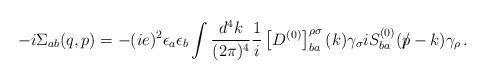
LaTeX: \begin{align*}- i \Sigma_{ab} (q,p) = - (i e)^2 \epsilon_a \epsilon_b \int {d^4 k \over (2 \pi)^4} {1 \over i} \left[D^{(0)}\right]^{\rho\sigma}_{ba}(k) \gamma_\sigma i S^{(0)}_{ba}( {p} {\mkern -9.0mu /} - k) \gamma_\rho \, .\end{align*}